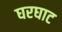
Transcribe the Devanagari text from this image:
घरघाट